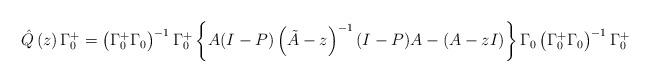
LaTeX: \begin{align*}\hat{Q}\left( z \right)\Gamma_{0}^{+}=\left( \Gamma_{0}^{+}\Gamma_{0} \right)^{-1}\Gamma_{0}^{+}\left\{ A(I-P)\left( \tilde{A}-z \right)^{-1}(I-P)A-\left( A-zI \right) \right\}\Gamma_{0}\left( \Gamma_{0}^{+}\Gamma_{0} \right)^{-1}\Gamma _{0}^{+}\end{align*}